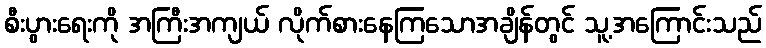
စီးပွားရေးကို အကြီးအကျယ် လိုက်စားနေကြသောအချိန်တွင် သူ့အကြောင်းသည်